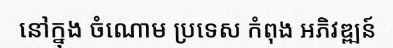
នៅក្នុង ចំណោម ប្រទេស កំពុង អភិវឌ្ឍន៍